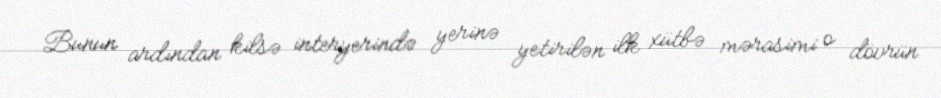
Bunun ardından kilsə interyerində yerinə yetirilən ilk xütbə mərasimi o dövrün